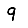
Digit: 9